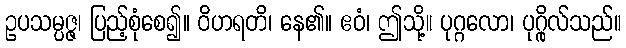
ဥပသမ္ပဇ္ဇ၊ ပြည့်စုံစေ၍။ ဝိဟရတိ၊ နေ၏။ ဧဝံ၊ ဤသို့။ ပုဂ္ဂလော၊ ပုဂ္ဂိုလ်သည်။